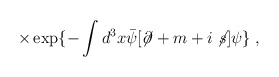
\begin{align*}\times \exp\{-\int d^3x {\bar\psi}[\not\!\partial + m + i \not \! s]\psi\} \;,\end{align*}